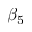
\beta _ { 5 }